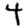
Digit: 4